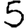
Digit: 5